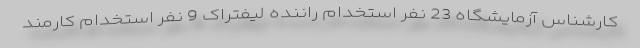
کارشناس آزمایشگاه 23 نفر استخدام راننده لیفتراک 9 نفر استخدام کارمند